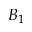
B _ { 1 }